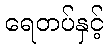
ရေတပ်နှင့်